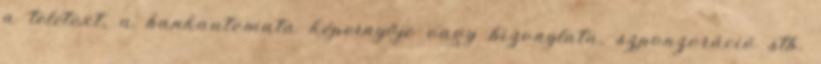
a teletext, a bankautomata képernyője vagy bizonylata, szponzoráció stb.